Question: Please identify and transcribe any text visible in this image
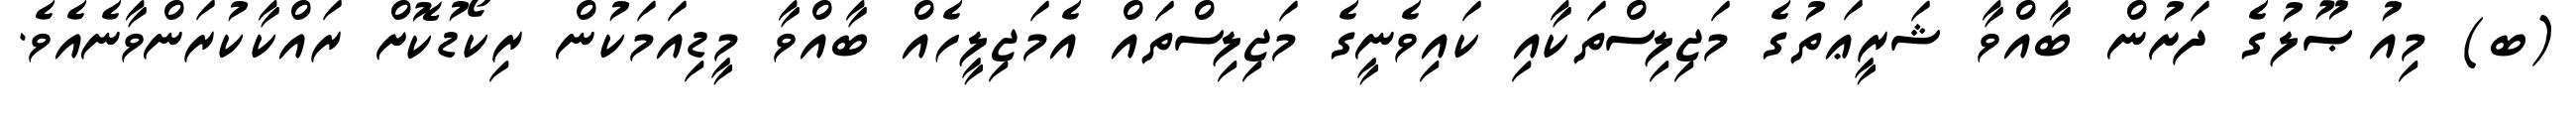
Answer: (ބ) މިއުޞޫލުގެ ދަށުން ބާއްވާ ޝަރީޢަތުގެ މަޖިލިސްތަކާއި ކައިވެނީގެ މަޖިލިސްތައް އެމަޖިލީހެއް ބާއްވާ މީޑިއަމަކުން ރިކޯޑުކޮށް ރައްކާކުރަންވާނެއެވެ.